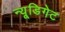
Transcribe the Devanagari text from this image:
न्यू्डिगेट